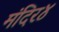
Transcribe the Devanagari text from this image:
मंदिर४